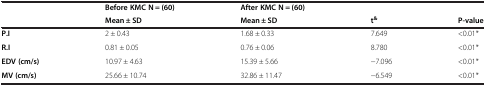
<table><thead><tr><td rowspan="2"></td><td><b>Before KMC N = (60)</b></td><td><b>After KMC N = (60)</b></td><td colspan="2"></td></tr><tr><td><b>Mean ± SD</b></td><td><b>Mean ± SD</b></td><td><b>t<sup>&amp;</sup></b></td><td><b>P-value</b></td></tr></thead><tbody><tr><td><b>P.I</b></td><td>2 ± 0.43</td><td>1.68 ± 0.33</td><td>7.649</td><td>&lt;0.01*</td></tr><tr><td><b>R.I</b></td><td>0.81 ± 0.05</td><td>0.76 ± 0.06</td><td>8.780</td><td>&lt;0.01*</td></tr><tr><td><b>EDV (cm/s)</b></td><td>10.97 ± 4.63</td><td>15.39 ± 5.66</td><td>−7.096</td><td>&lt;0.01*</td></tr><tr><td><b>MV (cm/s)</b></td><td>25.66 ± 10.74</td><td>32.86 ± 11.47</td><td>−6.549</td><td>&lt;0.01*</td></tr></tbody></table>